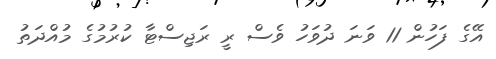
އޭގެ ފަހުން 11 ވަނަ ދުވަހު ވެސް ރީ ރަޖިސްޓާ ކުރުމުގެ މުއްދަތު